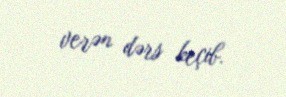
verən dərs keçib.